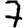
Digit: 7